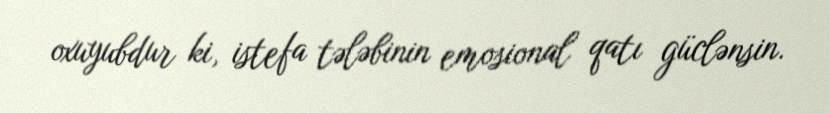
oxuyubdur ki, istefa tələbinin emosional qatı güclənsin.